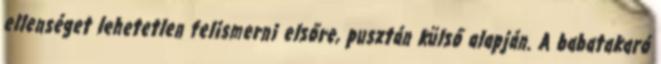
ellenséget lehetetlen felismerni elsőre, pusztán külső alapján. A babatakaró